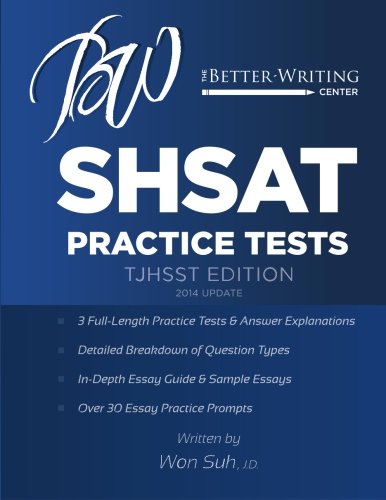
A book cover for SHSAT Practice Tests: TJHSST Edition; Won Pyo Suh; Test Preparation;